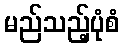
မည်သည့်ပုံစံ